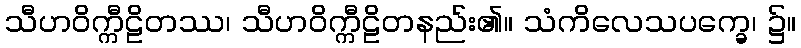
သီဟဝိက္ကီဠိတဿ၊ သီဟဝိက္ကီဠိတနည်း၏။ သံကိလေသပက္ခေ၊ ၌။